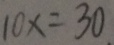
1 0 x = 3 0